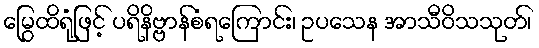
မြွေထိရုံဖြင့် ပရိနိဗ္ဗာန်စံရကြောင်း၊ ဥပသေန အာသီဝိသသုတ်၊